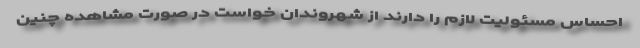
احساس مسئوليت لازم را دارند از شهروندان خواست در صورت مشاهده چنین